Annual administration report of the Civil Veterinary Department, Ajmere-Merwara, British Rajputana - 1914-1940
Year: 1914
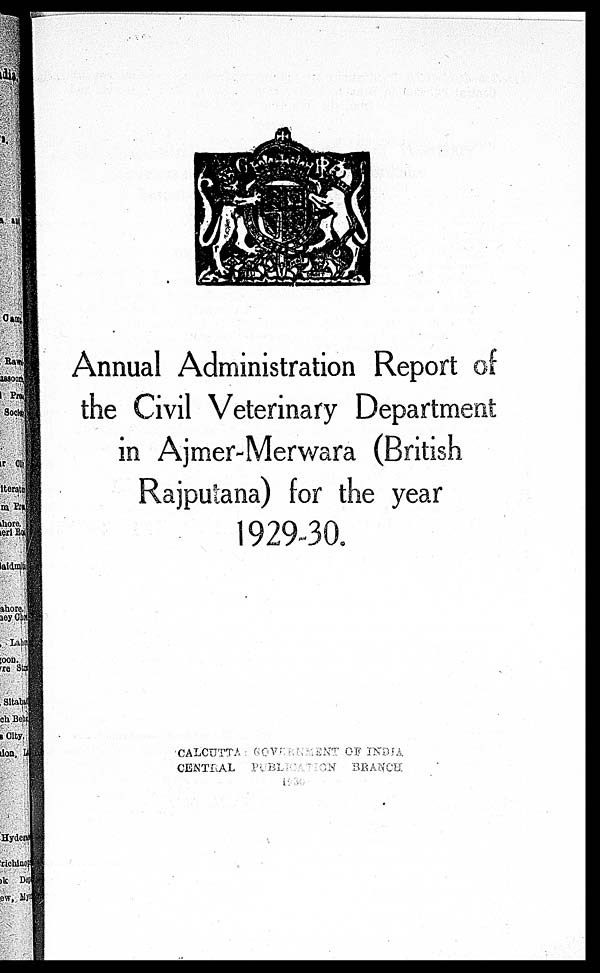
Annual Administration Report of
the Civil Veterinary Department
in Ajmer-Merwara (British
Rajputana) for the year
1929-30.
CALCUTTA: GOVERNMENT OF INDIA.
CENTRAL PUBLICATION BRANCH.
1930